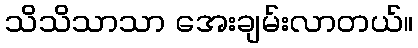
သိသိသာသာ အေးချမ်းလာတယ်။